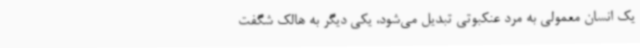
یک انسان معمولی به مرد عنکبوتی تبدیل می‌شود، یکی دیگر به هالک شگفت